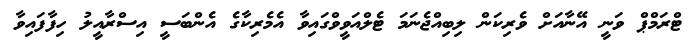
ޓްރަމްޕް ވަނީ އޭނާއަށް ވެރިކަން ލިބިއްޖެނަމަ ޓެލްއަވީވްގައިވާ އެމެރިކާގެ އެންބަސީ އިސްރާއީލު ހިފާފައިވާ